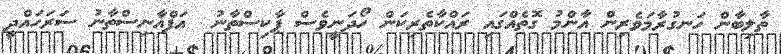
ތާލިބާން ހަނގުރާމަވެރިން އާންމު ގޮތެއްގައި ރައްކާތެރިކަން ހޯދަނީވެސް ޕާކިސްތާނު  އަފްޣާނިސްތާނު ސަރަހައްދީ